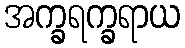
အက္ခရက္ခရာယ